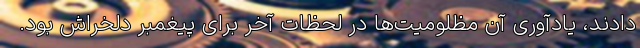
‌دادند، یادآوری آن مظلومیت‌ها در لحظات آخر برای پیغمبر دلخراش بود.